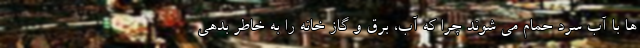
ها با آب سرد حمام می شوند چرا که آب، برق و گاز خانه را به خاطر بدهی